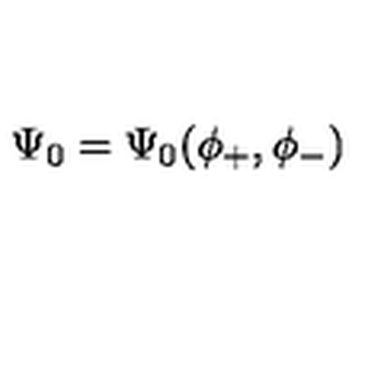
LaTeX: \Psi _ { 0 } = \Psi _ { 0 } ( \phi _ { + } , \phi _ { - } )